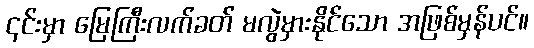
၎င်းမှာ မြေကြီးလက်ခတ် မလွဲမှားနိုင်သော အဖြစ်မှန်ပင်။